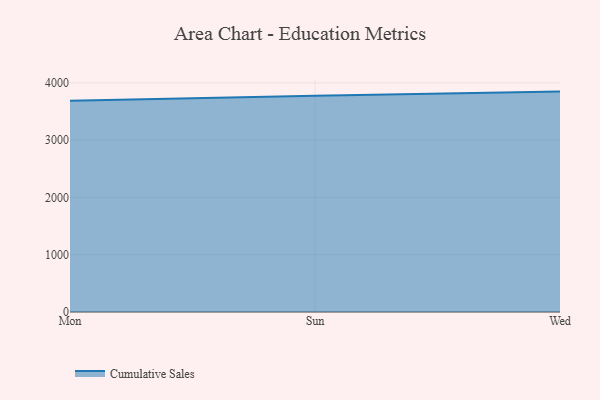
{"axis": {"x": "Day", "y": "Headcount"}, "legend": ["Cumulative Sales"], "data": [{"x": "Mon", "y": 3685.8, "type": "Cumulative Sales"}, {"x": "Sun", "y": 3776.8, "type": "Cumulative Sales"}, {"x": "Wed", "y": 3847.3, "type": "Cumulative Sales"}]}